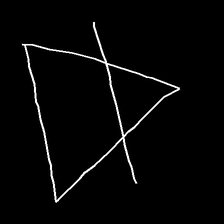
Glyph: empower